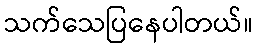
သက်သေပြနေပါတယ်။